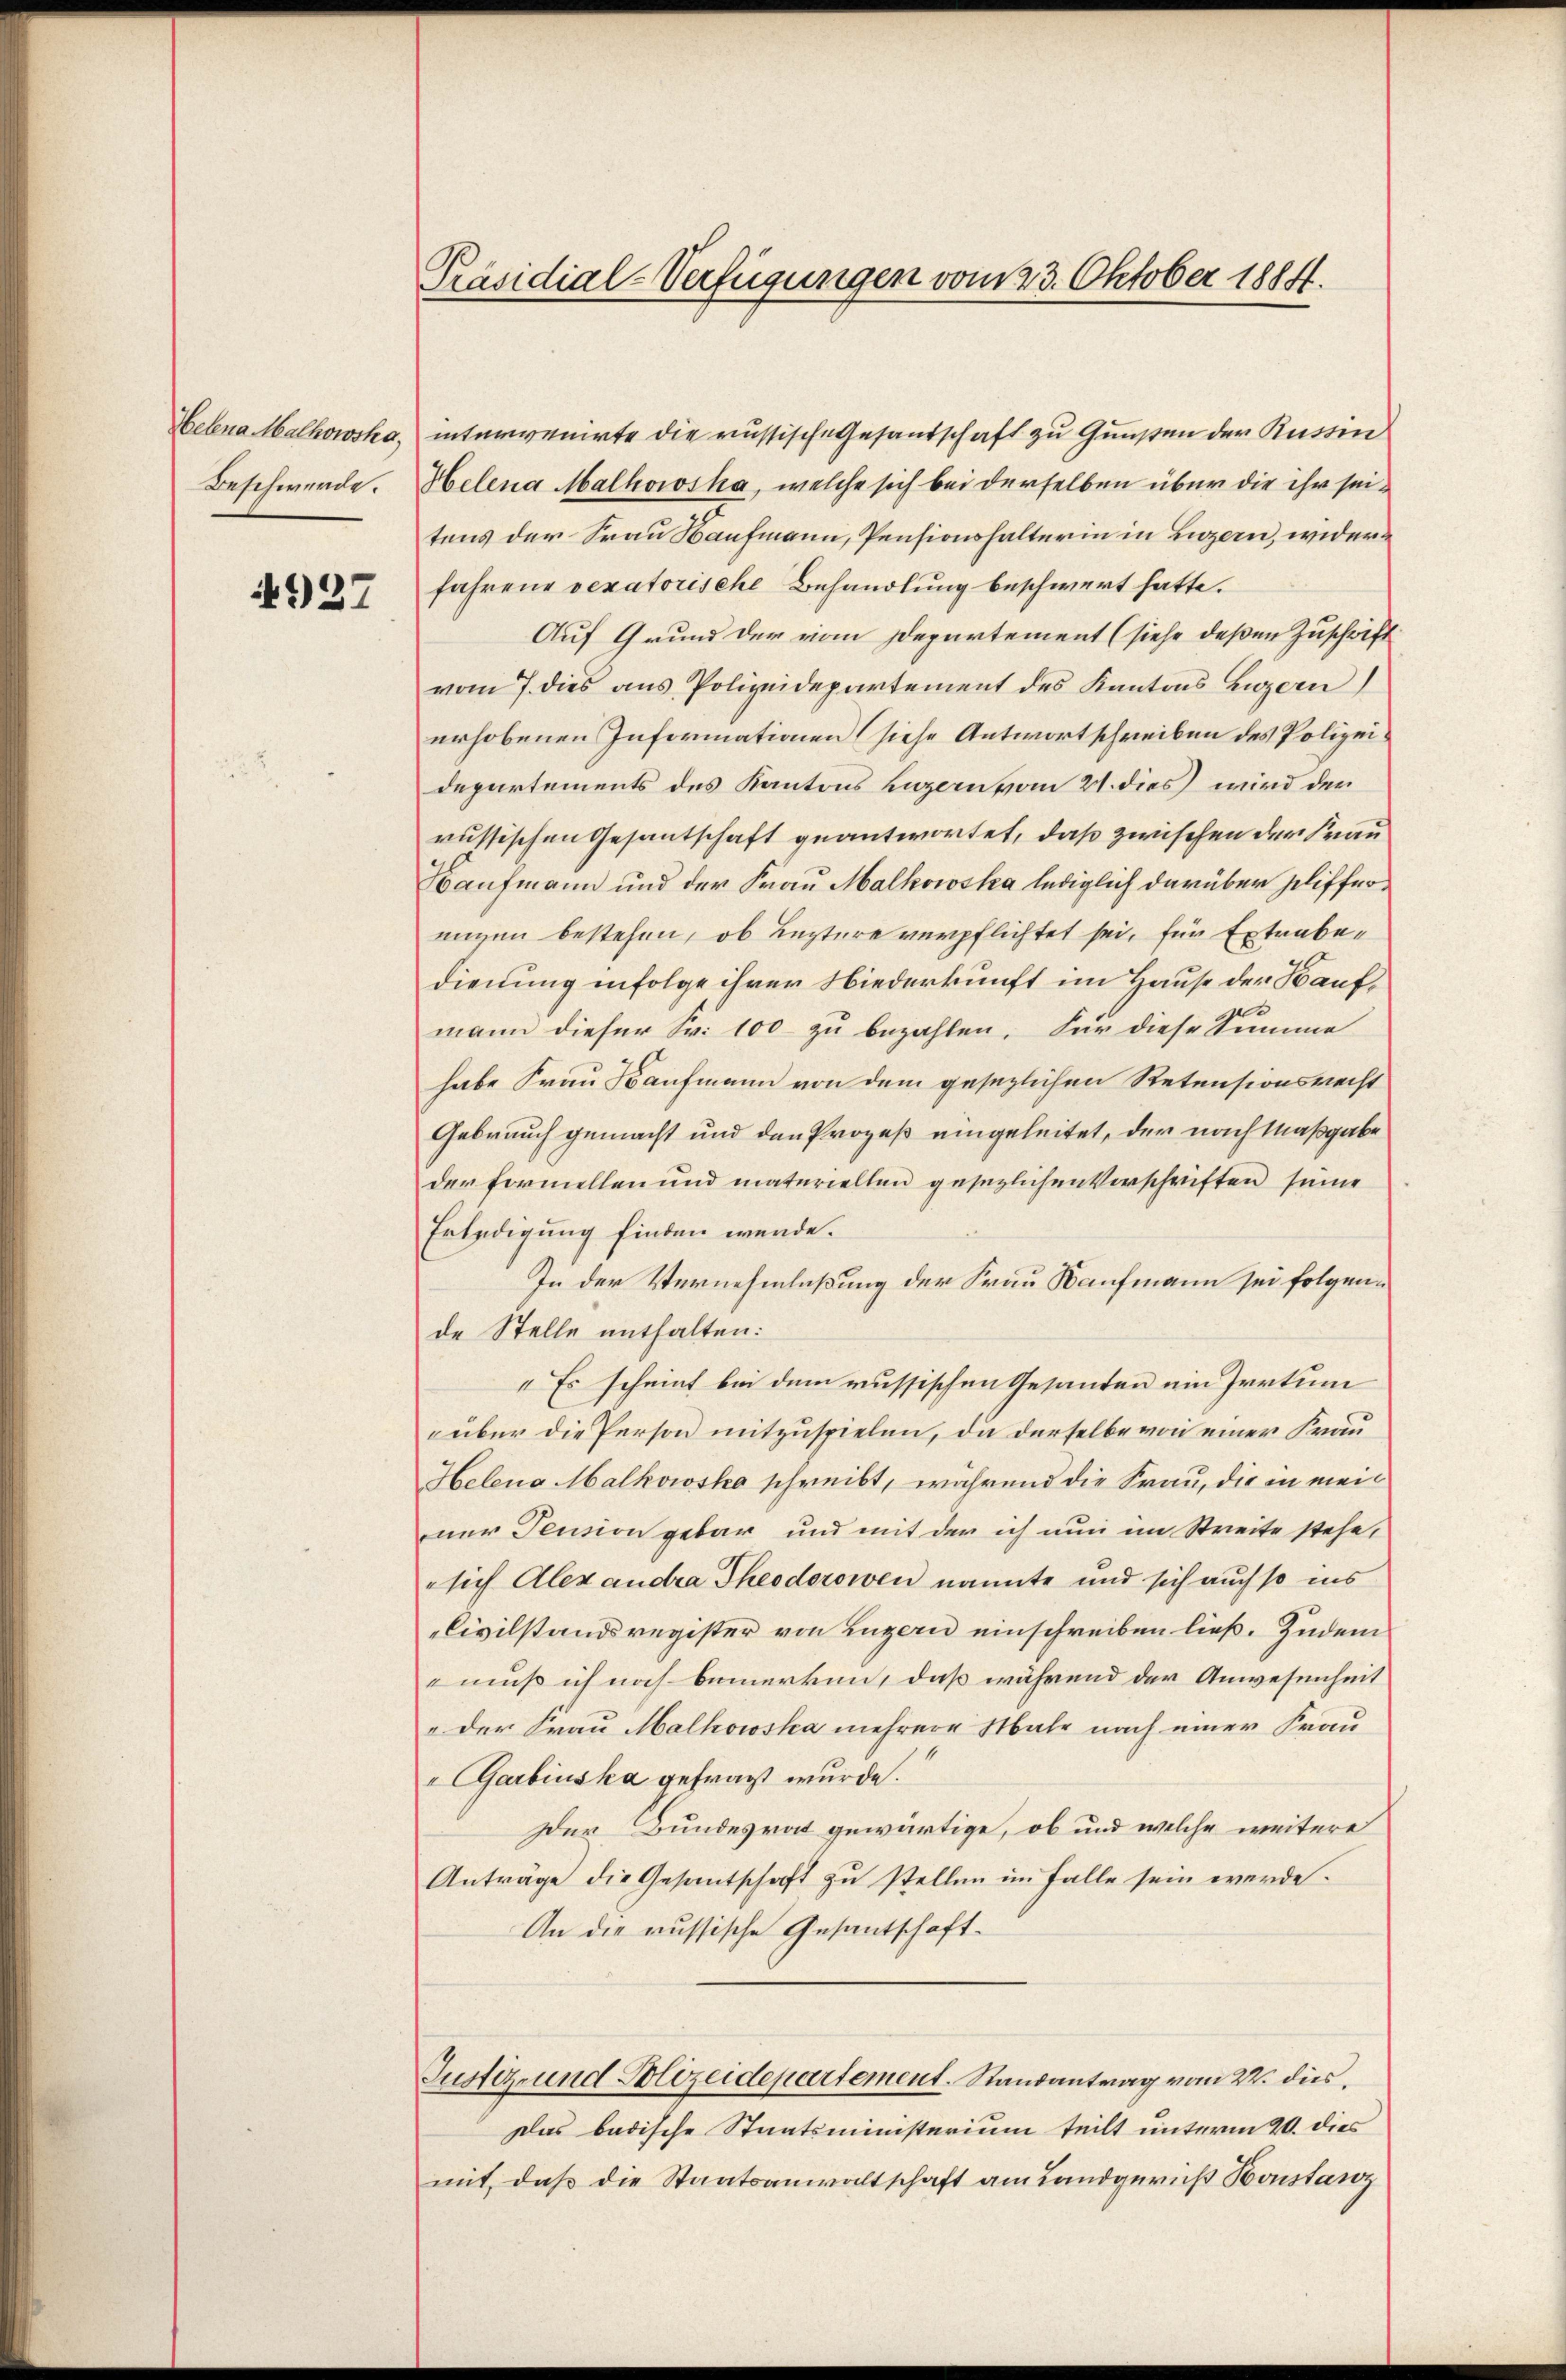
Helena Malhowska,
Beschwerde.

4937

Präsidial-Verfügungen vom 23. Oktober 1884.

intervenirte die russische Gesandschaft zu Gunsten der Russin
Helena Malhowska, welche sich bei derselben über die ihr seitens der Frau Kaufmann, Pensionshalterin in Luzern, widerfahrend vexatorische Behandlung beschwert hatte.
Auf Grund der vom Departement (siehe deßen Zuschrift
vom 7. dies aus Polizeidepartement des Kantons Luzern)
erhobenen Informationen (siehe Antwortschreiben des Polizeidepartements des Kantons Luzern vom 21. dies wird den
russischen Gesantschaft geantwortet, daß zwischen der Frau
Kaufmann und der Frau Malkowska lediglich darüber plifferungen bestehen, ob Leztere verpflichtet sei, für Extrabedienung infolge ihrer Niederkunft im Hause der Kaufmann dieser Sr. 100 zu bezahlen. Für diese Summe
habe Frau Kaufmann von dem gesezlichen Retensionsrecht
Gebrauch gemacht und den Prozeß eingeleitet, der nach Maßgabe
der formellen und materiellen gesezlichen Verschriften seine
Erledigung finden werde.
In der Vernehmlaßung der Frau Kaufmann sei folgende Stelle enthalten:
" Es scheint bei dem russischen Gesanten ein Irrtum
über die Person mitzuspielen, da derselbe von einer Frau
Helena Malkowsko schreibt, während die Frau, die in meinur Pension gebar und mit der ich nun im Streite stehe,
sich Alexandra Theodorowen nannte und sich auch so ins
Civilstandsregister von Luzern einschreiben ließ. Zudem
emuß ich noch bemerken, daß während der Anwesenheit
"der Frau Malkowska mehrere Male nach einer Frau
Garbinska gefragt wurde.
Der Bundesrat gewärtige, ob und welche weitere
Anträge die Gesantschaft zu stellen im Falle sein werde.
An die russische Gesantschaft¬
Justiz und Polizeidepartement. Randantrag vom 22. dies
Das badische Staatsministerium teilt unterm 20. dies
mit, daß die Staatsanwaltschaft am Landgericht Honstanz